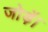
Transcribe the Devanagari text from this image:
जोड़ें।